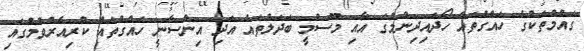
ގައުމުތަކުގެ ހައްގުތައް ހޯދައިދިނުމުގަ އާއި މޫސުމީ ބަދަލުތައް އަދި އިންސާނީ ހައްގުތައް ކުރިއެރުވުމުގައި